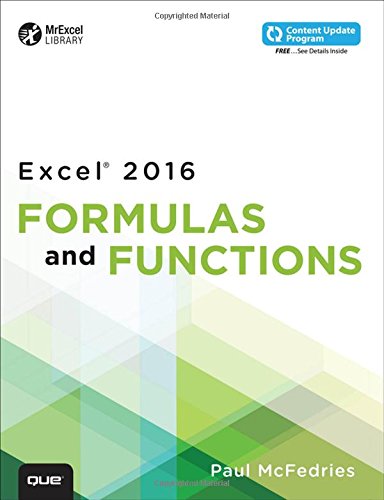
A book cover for Excel 2016 Formulas and Functions (includes Content Update Program) (MrExcel Library); Paul McFedries; Computers & Technology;